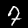
Label: 7